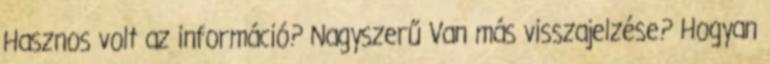
Hasznos volt az információ? Nagyszerű Van más visszajelzése? Hogyan